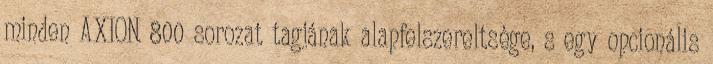
minden AXION 800 sorozat tagjának alapfelszereltsége, s egy opcionális